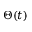
\Theta ( t )